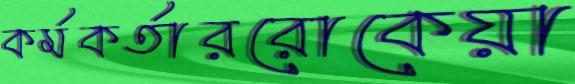
কর্মকর্তাররোকেয়া